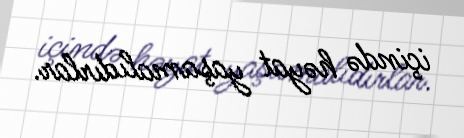
içində həyat yaşamalıdırlar.